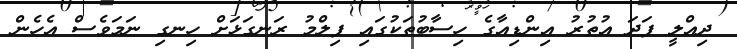
ދިއްލީ ފަދަ އުތުރު އިންޑިއާގެ ހިސާބުތަކުގައި ފިލްމު ރަނގަޅަށް ހިނގި ނަމަވެސް އެހެން